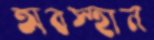
অবস্হান